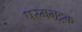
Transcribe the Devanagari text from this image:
परमभट्टक